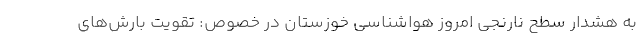
به هشدار سطح نارنجی امروز هواشناسی خوزستان در خصوص: تقویت بارش‌های